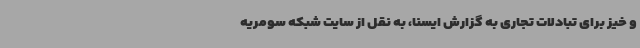
و خیز برای تبادلات تجاری به گزارش ایسنا، به نقل از سایت شبکه سومریه